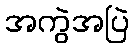
အကွဲအပြဲ